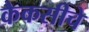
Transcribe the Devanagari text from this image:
कैकसीचे